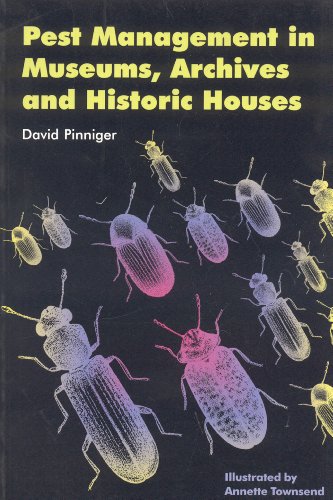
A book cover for Pest Management in Museums, Archives and...; David Pinniger; Science & Math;